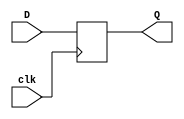
// Andrew Doucet
// Spencer Dugas

// Program Counter Register
module PC_reg(D,Q,clk);

    //I/O
    input clk;
    input [15:0]D;
    output reg[15:0]Q;

    // Initialization of PC
    initial
        Q <= 16'hFFFF;

    // Update on clock
    always @(posedge clk) 
        Q <= D; 
endmodule